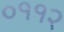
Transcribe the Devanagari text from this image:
०११२